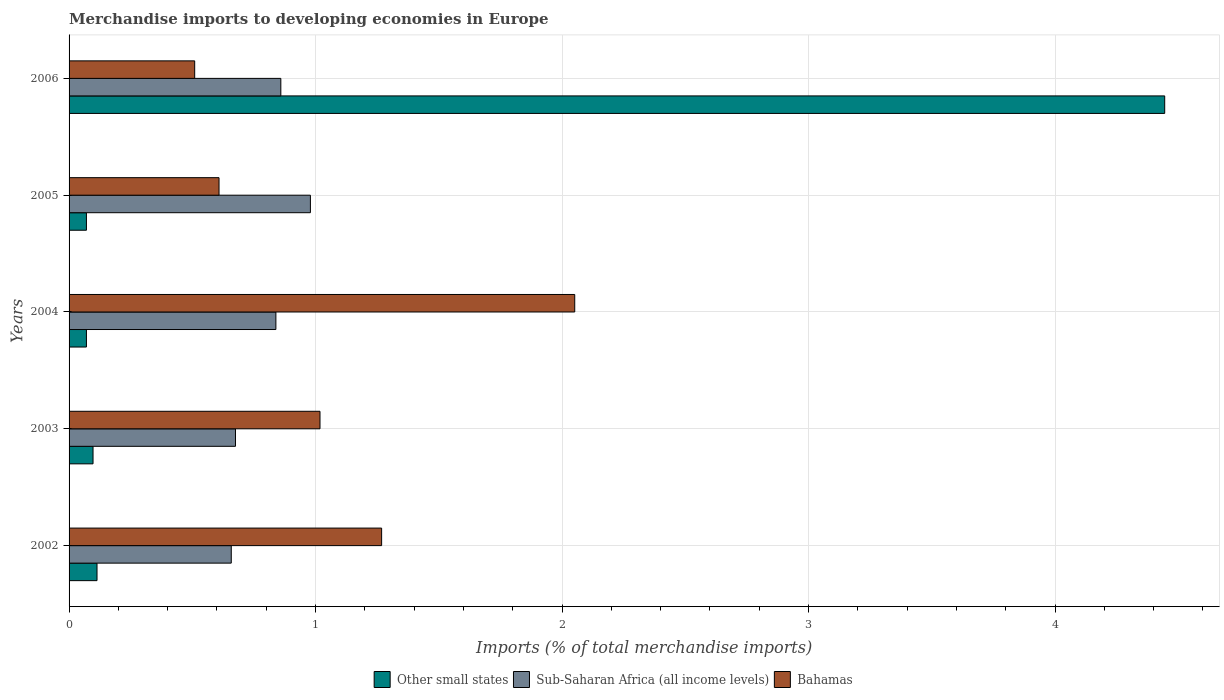
| Years | Other small states | Sub-Saharan Africa (all income levels) | Bahamas |
 | --- | --- | --- | --- |
 | 2002 | 0.113 | 0.658 | 1.27 |
 | 2003 | 0.0972 | 0.675 | 1.02 |
 | 2004 | 0.0704 | 0.839 | 2.05 |
 | 2005 | 0.0704 | 0.979 | 0.608 |
 | 2006 | 4.45 | 0.859 | 0.51 |